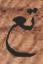
تع